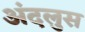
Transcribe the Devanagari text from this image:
अंदलुस